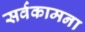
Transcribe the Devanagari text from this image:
सर्वकामना